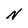
Character: N